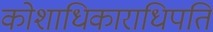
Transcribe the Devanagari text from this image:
कोशाधिकाराधिपति